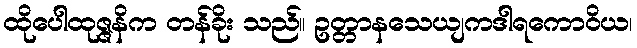
ထိုပေါထုဇ္ဇနိက တန်ခိုး သည်။ ဥတ္တာနသေယျကဒါရကောဝိယ၊